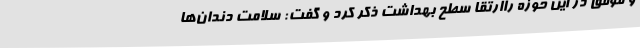
و موفق در این حوزه راارتقا سطح بهداشت ذکر کرد و گفت: سلامت دندان‌ها